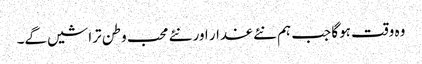
وہ وقت ہوگا جب ہم نئے غدار اور نئے محب وطن تراشیں گے۔